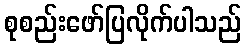
စုစည်းဖော်ပြလိုက်ပါသည်